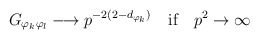
\begin{align*}G_{\varphi_k \varphi_l} \longrightarrow p ^{-2 (2-d_{\varphi_k})}\quad \mbox{if} \quad p^2 \to \infty\end{align*}